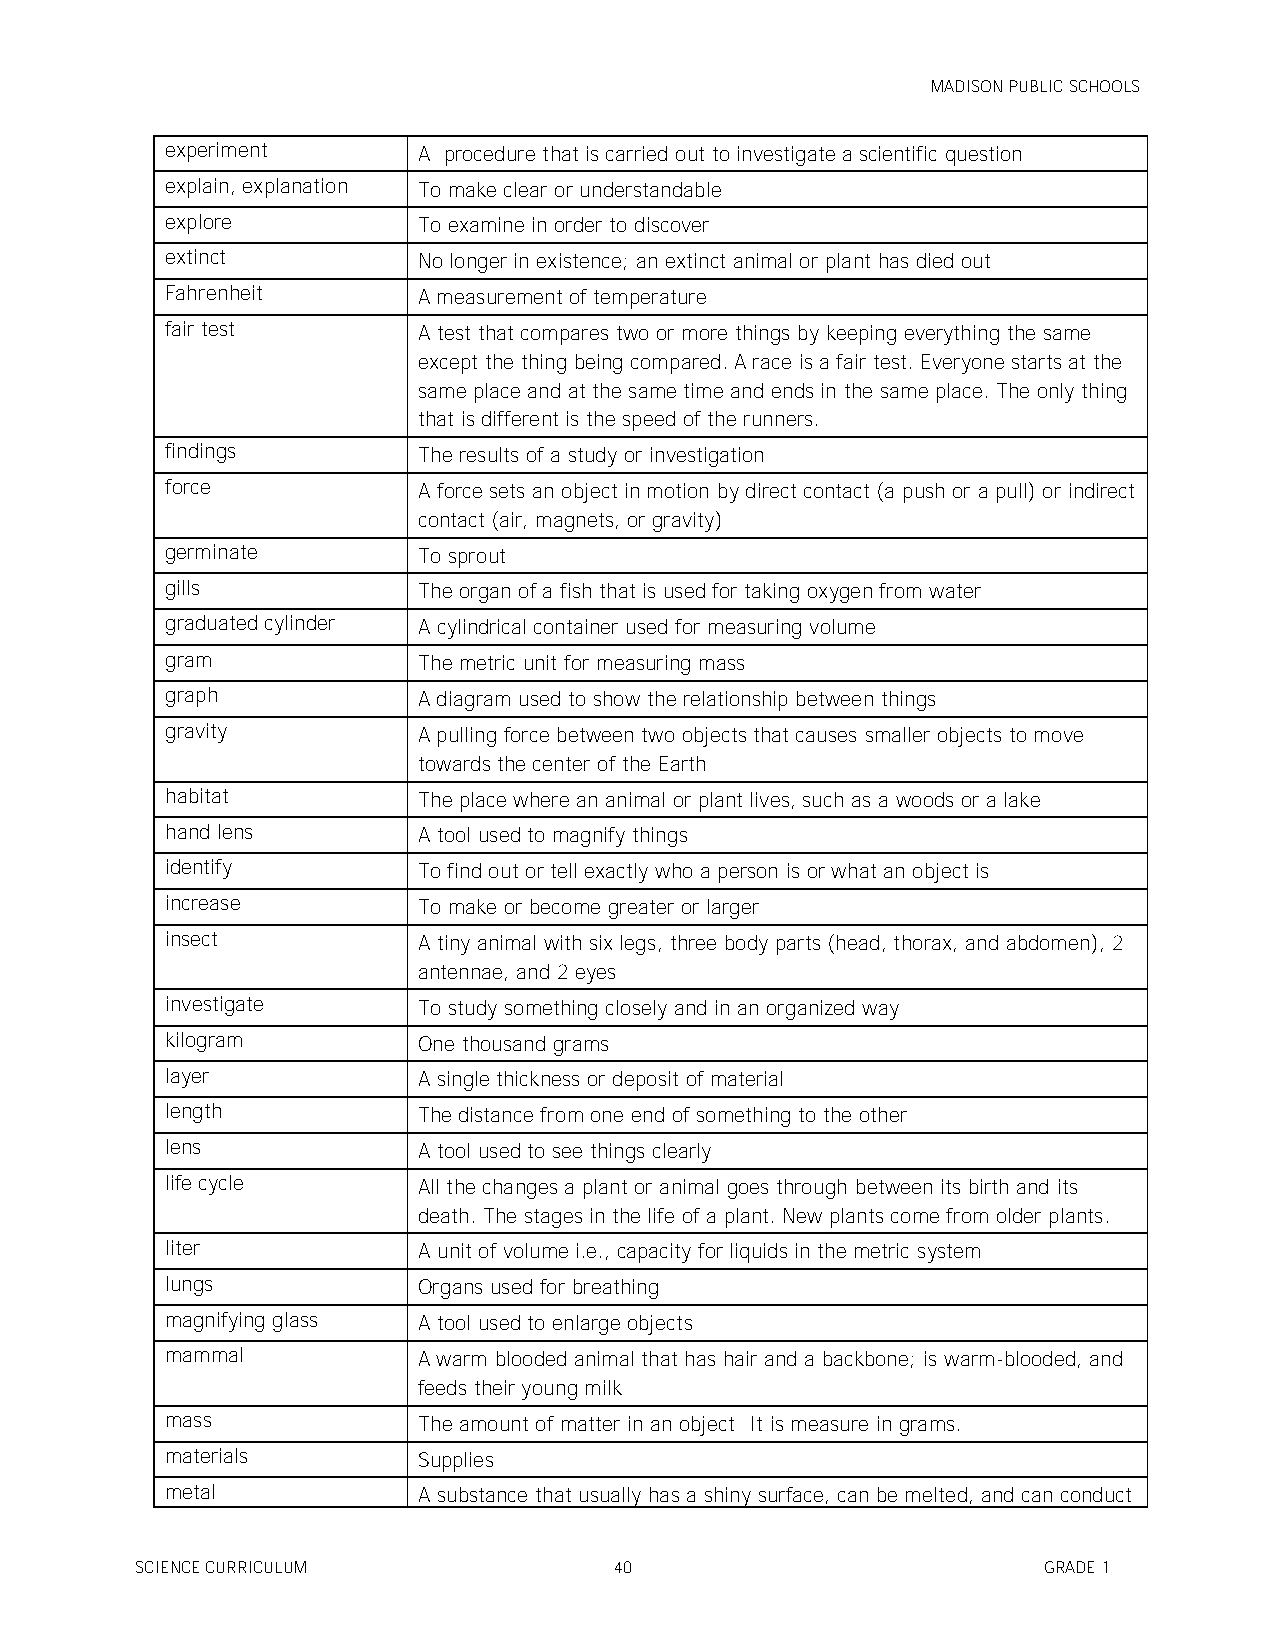
MADISON PUBLIC SCHOOLS
 experiment       A procedure that is carried out to investigate a scientific question
 explain, explanation To make clear or understandable
 explore          To examine in order to discover
 extinct          No longer in existence; an extinct animal or plant has died out
 Fahrenheit       A measurement of temperature
 fair test        A test that compares two or more things by keeping everything the same
 except the thing being compared. A race is a fair test. Everyone starts at the
 same place and at the same time and ends in the same place. The only thing
 that is different is the speed of the runners.
 findings         The results of a study or investigation
 force            A force sets an object in motion by direct contact (a push or a pull) or indirect
 contact (air, magnets, or gravity)
 germinate        To sprout
 gills            The organ of a fish that is used for taking oxygen from water
 graduated cylinder A cylindrical container used for measuring volume
 gram             The metric unit for measuring mass
 graph            A diagram used to show the relationship between things
 gravity          A pulling force between two objects that causes smaller objects to move
 towards the center of the Earth
 habitat          The place where an animal or plant lives, such as a woods or a lake
 hand lens        A tool used to magnify things
 identify         To find out or tell exactly who a person is or what an object is
 increase         To make or become greater or larger
 insect           A tiny animal with six legs, three body parts (head, thorax, and abdomen), 2
 antennae, and 2 eyes
 investigate      To study something closely and in an organized way
 kilogram         One thousand grams
 layer            A single thickness or deposit of material
 length           The distance from one end of something to the other
 lens             A tool used to see things clearly
 life cycle       All the changes a plant or animal goes through between its birth and its
 death. The stages in the life of a plant. New plants come from older plants.
 liter            A unit of volume i.e., capacity for liquids in the metric system
 lungs            Organs used for breathing
 magnifying glass A tool used to enlarge objects
 mammal           A warm blooded animal that has hair and a backbone; is warm-blooded, and
 feeds their young milk
 mass             The amount of matter in an object It is measure in grams.
 materials        Supplies
 metal            A substance that usually has a shiny surface, can be melted, and can conduct
 SCIENCE CURRICULUM              40                          GRADE 1